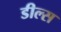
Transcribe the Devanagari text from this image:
डील्स